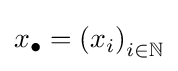
x_{\bullet }=\left(x_{i}\right)_{i\in \mathbb {N} }